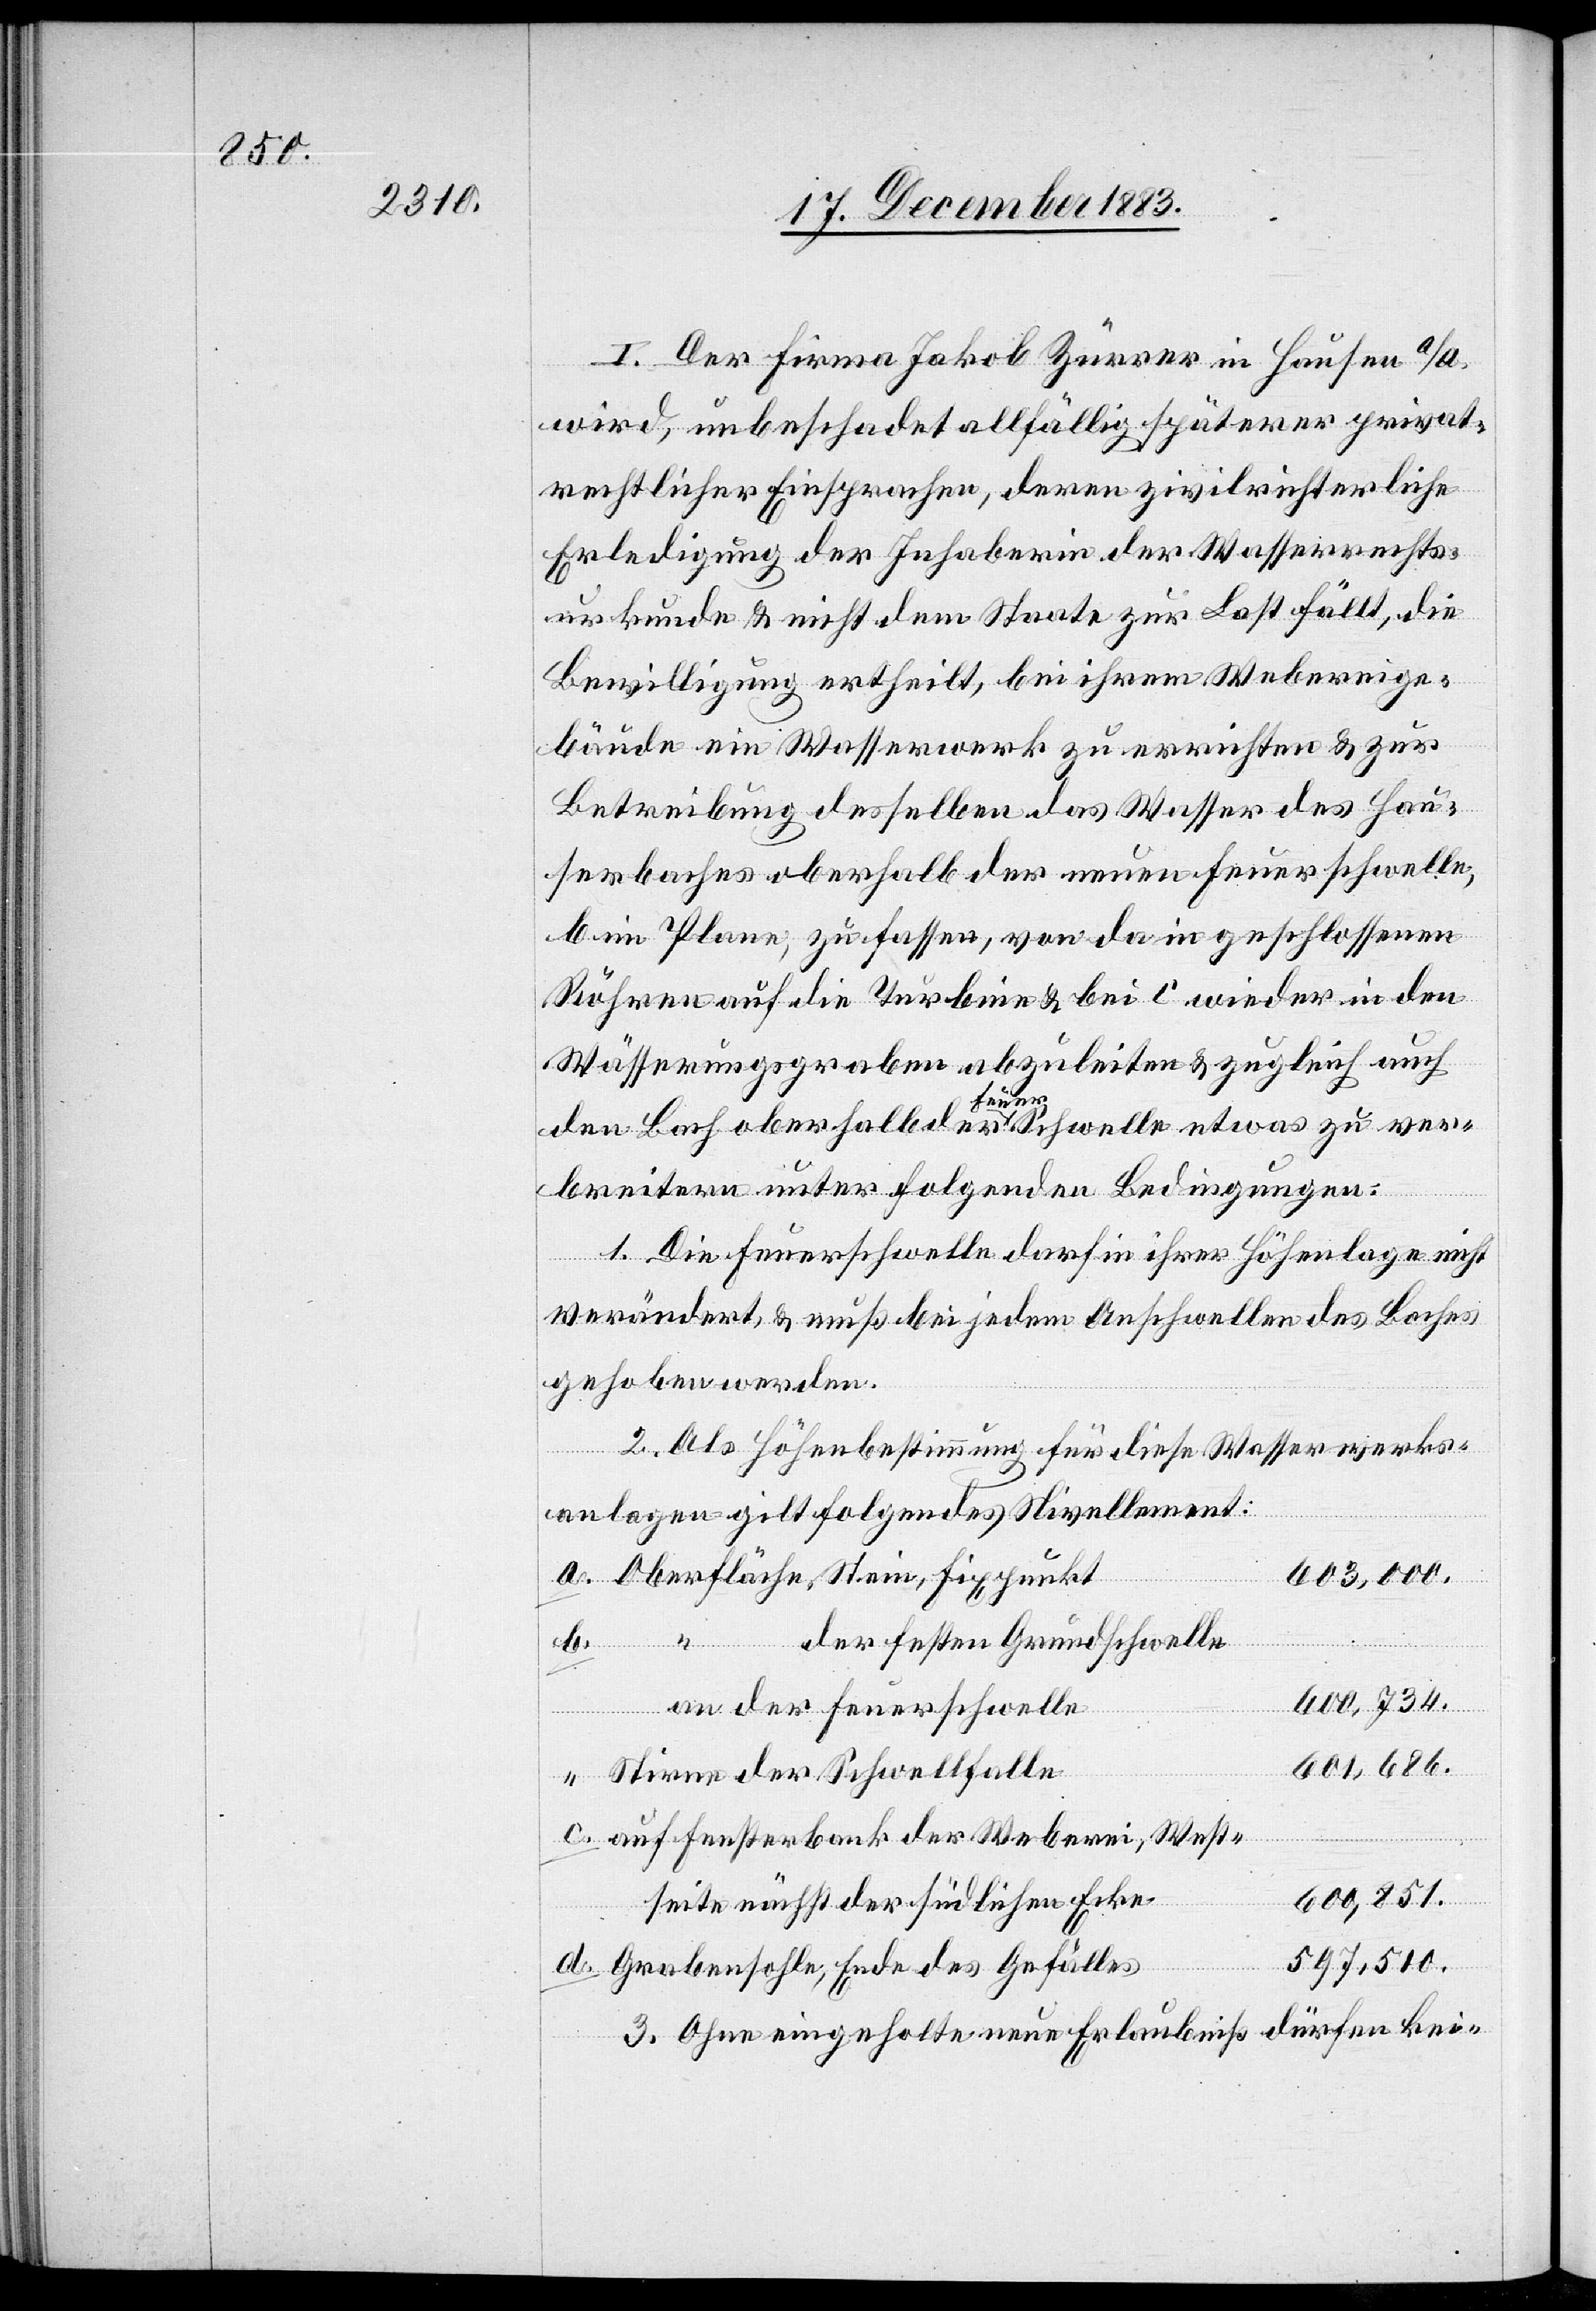
I. Der Firma Jakob Zürrer in Hausen a/A.
wird, unbeschadet allfällig späterer privat¬
rechtlicher Einsprachen, deren zivilrichterliche
Erledigung der Inhaberin der Wasserrechts¬
urkunde & nicht dem Staate zur Last fällt, die
Bewilligung ertheilt, bei ihrem Webereige¬
bäude ein Wasserwerk zu errichten & zur
Betreibung desselben das Wasser des Hau¬
serbaches oberhalb des der neuen Feuerschwelle,
b im Plane, zu fassen, von da in geschlossenen
Röhren auf die Turbine & bei c wieder in den
Wässerungsgraben abzuleiten & zugleich auch
den Bach oberhalb der Feuerschwelle etwas zu ver¬
breitern unter folgenden Bedingungen:
1. Die Feuerschwelle darf in ihrer Höhenlage nicht
verändert, & muß bei jedem Anschwellen des Baches
gehoben werden.
2. Als Höhenbestimmung für diese Wasserwerks¬
anlagen gilt folgendes Nivellement:
a.
Oberfläche Stein, Fixpunkt
603,000.
“ der festen Grundschwelle
600,734.
an der Feuerschwelle
d.
601,686.
Stirne der Schwellfalle
auf Fensterbank der Weberei, West¬
600,851.
seite nächst der südlichen Ecke
597,510.
Grabensohle, Ende des Gefälles
3. Ohne eingeholte neue Erlaubniß dürfen kei-